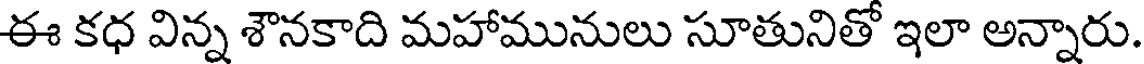
ఈ కధ విన్న శౌనకాది మహామునులు సూతునితో ఇలా అన్నారు.